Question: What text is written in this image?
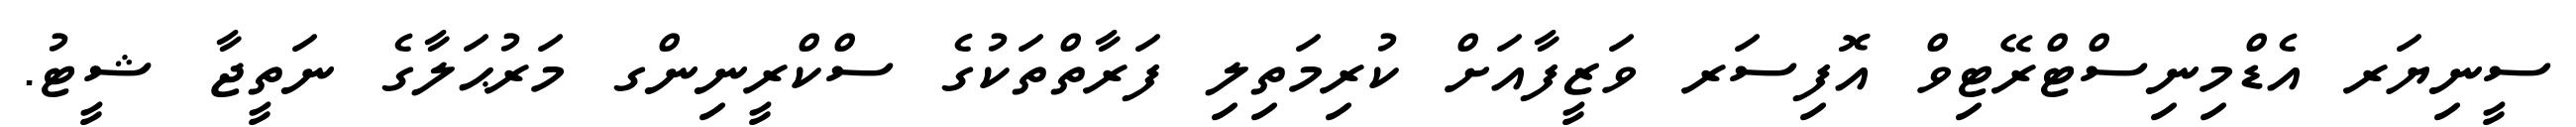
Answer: ސީނިޔަރ އެޑްމިނިސްޓްރޭޓިވް އޮފިސަރ ވަޒީފާއަށް ކުރިމަތިލި ފަރާތްތަކުގެ ސްކްރީނިންގ މަރުޙަލާގެ ނަތީޖާ ޝީޓު.